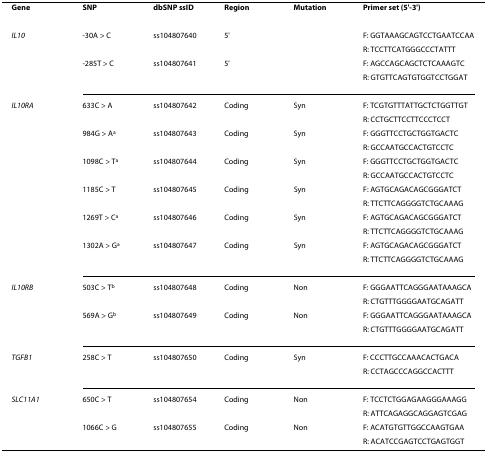
<table><thead><tr><td><b>Gene</b></td><td><b>SNP</b></td><td><b>dbSNP ssID</b></td><td><b>Region</b></td><td><b>Mutation</b></td><td><b>Primer set (5&#x27;-3&#x27;)</b></td></tr></thead><tbody><tr><td><i>IL10</i></td><td>-30A &gt; C</td><td>ss104807640</td><td>5&#x27;</td><td></td><td>F: GGTAAAGCAGTCCTGAATCCAA</td></tr><tr><td></td><td></td><td></td><td></td><td></td><td>R: TCCTTCATGGGCCCTATTT</td></tr><tr><td></td><td>-285T &gt; C</td><td>ss104807641</td><td>5&#x27;</td><td></td><td>F: AGCCAGCAGCTCTCAAAGTC</td></tr><tr><td></td><td></td><td></td><td></td><td></td><td>R: GTGTTCAGTGTGGTCCTGGAT</td></tr><tr><td><i>IL10RA</i></td><td>633C &gt; A</td><td>ss104807642</td><td>Coding</td><td>Syn</td><td>F: TCGTGTTTATTGCTCTGGTTGT</td></tr><tr><td></td><td></td><td></td><td></td><td></td><td>R: CCTGCTTCCTTCCCTCCT</td></tr><tr><td></td><td>984G &gt; A<sup>a</sup></td><td>ss104807643</td><td>Coding</td><td>Syn</td><td>F: GGGTTCCTGCTGGTGACTC</td></tr><tr><td></td><td></td><td></td><td></td><td></td><td>R: GCCAATGCCACTGTCCTC</td></tr><tr><td></td><td>1098C &gt; T<sup>a</sup></td><td>ss104807644</td><td>Coding</td><td>Syn</td><td>F: GGGTTCCTGCTGGTGACTC</td></tr><tr><td></td><td></td><td></td><td></td><td></td><td>R: GCCAATGCCACTGTCCTC</td></tr><tr><td></td><td>1185C &gt; T</td><td>ss104807645</td><td>Coding</td><td>Syn</td><td>F: AGTGCAGACAGCGGGATCT</td></tr><tr><td></td><td></td><td></td><td></td><td></td><td>R: TTCTTCAGGGGTCTGCAAAG</td></tr><tr><td></td><td>1269T &gt; C<sup>a</sup></td><td>ss104807646</td><td>Coding</td><td>Syn</td><td>F: AGTGCAGACAGCGGGATCT</td></tr><tr><td></td><td></td><td></td><td></td><td></td><td>R: TTCTTCAGGGGTCTGCAAAG</td></tr><tr><td></td><td>1302A &gt; G<sup>a</sup></td><td>ss104807647</td><td>Coding</td><td>Syn</td><td>F: AGTGCAGACAGCGGGATCT</td></tr><tr><td></td><td></td><td></td><td></td><td></td><td>R: TTCTTCAGGGGTCTGCAAAG</td></tr><tr><td><i>IL10RB</i></td><td>503C &gt; T<sup>b</sup></td><td>ss104807648</td><td>Coding</td><td>Non</td><td>F: GGGAATTCAGGGAATAAAGCA</td></tr><tr><td></td><td></td><td></td><td></td><td></td><td>R: CTGTTTGGGGAATGCAGATT</td></tr><tr><td></td><td>569A &gt; G<sup>b</sup></td><td>ss104807649</td><td>Coding</td><td>Non</td><td>F: GGGAATTCAGGGAATAAAGCA</td></tr><tr><td></td><td></td><td></td><td></td><td></td><td>R: CTGTTTGGGGAATGCAGATT</td></tr><tr><td><i>TGFB1</i></td><td>258C &gt; T</td><td>ss104807650</td><td>Coding</td><td>Syn</td><td>F: CCCTTGCCAAACACTGACA</td></tr><tr><td></td><td></td><td></td><td></td><td></td><td>R: CCTAGCCCAGGCCACTTT</td></tr><tr><td><i>SLC11A1</i></td><td>650C &gt; T</td><td>ss104807654</td><td>Coding</td><td>Non</td><td>F: TCCTCTGGAGAAGGGAAAGG</td></tr><tr><td></td><td></td><td></td><td></td><td></td><td>R: ATTCAGAGGCAGGAGTCGAG</td></tr><tr><td></td><td>1066C &gt; G</td><td>ss104807655</td><td>Coding</td><td>Non</td><td>F: ACATGTGTTGGCCAAGTGAA</td></tr><tr><td></td><td></td><td></td><td></td><td></td><td>R: ACATCCGAGTCCTGAGTGGT</td></tr></tbody></table>